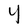
Character: Y